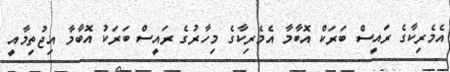
އެމެރިކާގެ ރައީސް ބަރަކް އޮބާމާ އެމެރިކާގެ މިހާރުގެ ރައީސް ބަރަކު އޮބާމާ އިޖުތިމާއީ